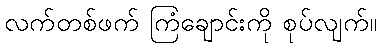
လက်တစ်ဖက် ကြံချောင်းကို စုပ်လျက်။